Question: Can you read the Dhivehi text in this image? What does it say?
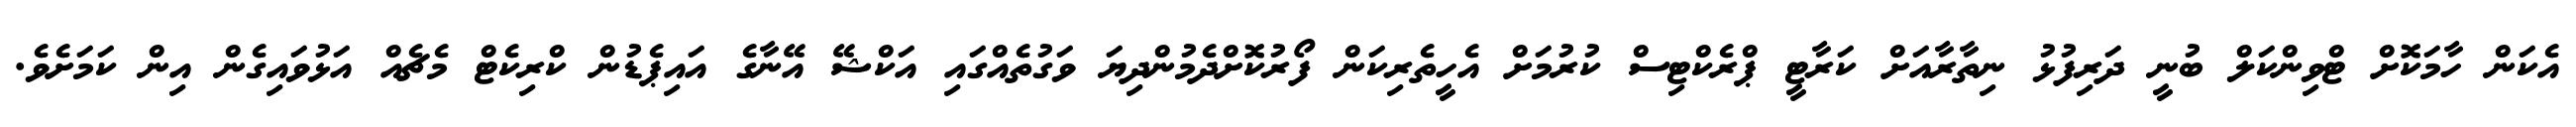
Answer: އެކަން ހާމަކޮށް ޓްވިންކަލް ބުނީ ދަރިފުޅު ނިތާރާއަށް ކަރާޓީ ޕްރެކްޓިސް ކުރުމަށް އެހީތެރިކަން ފޯރުކޮށްދެމުންދިޔަ ވަގުތެއްގައި އަކްޝޭ އޭނާގެ އައިޕެޑުން ކްރިކެޓް މެޗެއް އަޅުވައިގެން އިން ކަމަށެވެ.